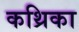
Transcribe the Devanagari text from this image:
कथ्रिका